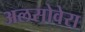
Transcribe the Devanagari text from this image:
अलसोवेरा